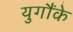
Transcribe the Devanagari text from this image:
युगौंके